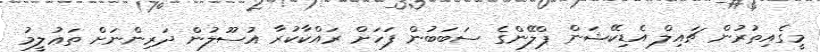
މީގެއިތުރުން ޗައިލް އެޑިކޭޝަން ޕްލޭންގެ ސަބަބުން ފަހަށް ރައްކާކުރާ އުސޫލުން ދަރިންނަށް ތަޢުލީމު